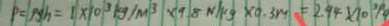
P = p g h = 1 \times 1 0 ^ { 3 } k g / m ^ { 3 } \times 9 . 8 N / k g \times 0 . 3 m / / s = 2 . 9 4 \times 1 0 ^ { 3 } P a